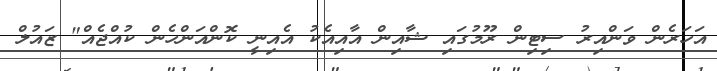
އަހަރެން ވަންއިރު ސިޓިން ރޫމުގައި ޝާއިން އާއިއެކު އެއިނީ ކޮންއަންހެން ކުއްޖެއް" ޒައުލް